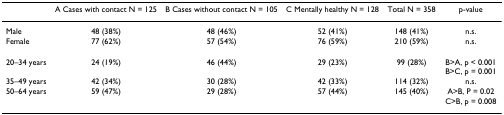
<table><thead><tr><td></td><td><b>A Cases with contact N = 125</b></td><td><b>B Cases without contact N = 105</b></td><td><b>C Mentally healthy N = 128</b></td><td><b>Total N = 358</b></td><td><b>p-value</b></td></tr></thead><tbody><tr><td>Male</td><td>48 (38%)</td><td>48 (46%)</td><td>52 (41%)</td><td>148 (41%)</td><td>n.s.</td></tr><tr><td>Female</td><td>77 (62%)</td><td>57 (54%)</td><td>76 (59%)</td><td>210 (59%)</td><td>n.s.</td></tr><tr><td>20–34 years</td><td>24 (19%)</td><td>46 (44%)</td><td>29 (23%)</td><td>99 (28%)</td><td>B&gt;A, p &lt; 0.001B&gt;C, p = 0.001</td></tr><tr><td>35–49 years</td><td>42 (34%)</td><td>30 (28%)</td><td>42 (33%)</td><td>114 (32%)</td><td>n.s.</td></tr><tr><td>50–64 years</td><td>59 (47%)</td><td>29 (28%)</td><td>57 (44%)</td><td>145 (40%)</td><td>A&gt;B, P = 0.02C&gt;B, p = 0.008</td></tr></tbody></table>